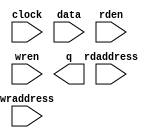
// megafunction wizard: %RAM: 2-PORT%VBB%
// GENERATION: STANDARD
// VERSION: WM1.0
// MODULE: altsyncram 

// ============================================================
// Megafunction Name(s):
// 			altsyncram
//
// Simulation Library Files(s):
// 			altera_mf
// ============================================================
// ************************************************************
// THIS IS A WIZARD-GENERATED FILE. DO NOT EDIT THIS FILE!
//
// 9.1 Build 222 10/21/2009 SJ Full Version
// ************************************************************

//Copyright (C) 1991-2009 Altera Corporation
//Your use of Altera Corporation's design tools, logic functions 
//and other software and tools, and its AMPP partner logic 
//functions, and any output files from any of the foregoing 
//(including device programming or simulation files), and any 
//associated documentation or information are expressly subject 
//to the terms and conditions of the Altera Program License 
//Subscription Agreement, Altera MegaCore Function License 
//Agreement, or other applicable license agreement, including, 
//without limitation, that your use is for the sole purpose of 
//programming logic devices manufactured by Altera and sold by 
//Altera or its authorized distributors.  Please refer to the 
//applicable agreement for further details.

module FIFO_RAM (
	clock,
	data,
	rdaddress,
	rden,
	wraddress,
	wren,
	q);

	input	  clock;
	input	[15:0]  data;
	input	[6:0]  rdaddress;
	input	  rden;
	input	[6:0]  wraddress;
	input	  wren;
	output	[15:0]  q;
`ifndef ALTERA_RESERVED_QIS
// synopsys translate_off
`endif
	tri1	  rden;
	tri1	  wren;
`ifndef ALTERA_RESERVED_QIS
// synopsys translate_on
`endif

endmodule

// ============================================================
// CNX file retrieval info
// ============================================================
// Retrieval info: PRIVATE: ADDRESSSTALL_A NUMERIC "0"
// Retrieval info: PRIVATE: ADDRESSSTALL_B NUMERIC "0"
// Retrieval info: PRIVATE: BYTEENA_ACLR_A NUMERIC "0"
// Retrieval info: PRIVATE: BYTEENA_ACLR_B NUMERIC "0"
// Retrieval info: PRIVATE: BYTE_ENABLE_A NUMERIC "0"
// Retrieval info: PRIVATE: BYTE_ENABLE_B NUMERIC "0"
// Retrieval info: PRIVATE: BYTE_SIZE NUMERIC "8"
// Retrieval info: PRIVATE: BlankMemory NUMERIC "1"
// Retrieval info: PRIVATE: CLOCK_ENABLE_INPUT_A NUMERIC "0"
// Retrieval info: PRIVATE: CLOCK_ENABLE_INPUT_B NUMERIC "0"
// Retrieval info: PRIVATE: CLOCK_ENABLE_OUTPUT_A NUMERIC "0"
// Retrieval info: PRIVATE: CLOCK_ENABLE_OUTPUT_B NUMERIC "0"
// Retrieval info: PRIVATE: CLRdata NUMERIC "0"
// Retrieval info: PRIVATE: CLRq NUMERIC "0"
// Retrieval info: PRIVATE: CLRrdaddress NUMERIC "0"
// Retrieval info: PRIVATE: CLRrren NUMERIC "0"
// Retrieval info: PRIVATE: CLRwraddress NUMERIC "0"
// Retrieval info: PRIVATE: CLRwren NUMERIC "0"
// Retrieval info: PRIVATE: Clock NUMERIC "0"
// Retrieval info: PRIVATE: Clock_A NUMERIC "0"
// Retrieval info: PRIVATE: Clock_B NUMERIC "0"
// Retrieval info: PRIVATE: ECC NUMERIC "0"
// Retrieval info: PRIVATE: IMPLEMENT_IN_LES NUMERIC "0"
// Retrieval info: PRIVATE: INDATA_ACLR_B NUMERIC "0"
// Retrieval info: PRIVATE: INDATA_REG_B NUMERIC "0"
// Retrieval info: PRIVATE: INIT_FILE_LAYOUT STRING "PORT_B"
// Retrieval info: PRIVATE: INIT_TO_SIM_X NUMERIC "0"
// Retrieval info: PRIVATE: INTENDED_DEVICE_FAMILY STRING "Stratix II"
// Retrieval info: PRIVATE: JTAG_ENABLED NUMERIC "0"
// Retrieval info: PRIVATE: JTAG_ID STRING "NONE"
// Retrieval info: PRIVATE: MAXIMUM_DEPTH NUMERIC "0"
// Retrieval info: PRIVATE: MEMSIZE NUMERIC "2048"
// Retrieval info: PRIVATE: MEM_IN_BITS NUMERIC "1"
// Retrieval info: PRIVATE: MIFfilename STRING ""
// Retrieval info: PRIVATE: OPERATION_MODE NUMERIC "2"
// Retrieval info: PRIVATE: OUTDATA_ACLR_B NUMERIC "0"
// Retrieval info: PRIVATE: OUTDATA_REG_B NUMERIC "1"
// Retrieval info: PRIVATE: RAM_BLOCK_TYPE NUMERIC "0"
// Retrieval info: PRIVATE: READ_DURING_WRITE_MODE_MIXED_PORTS NUMERIC "2"
// Retrieval info: PRIVATE: READ_DURING_WRITE_MODE_PORT_A NUMERIC "4"
// Retrieval info: PRIVATE: READ_DURING_WRITE_MODE_PORT_B NUMERIC "4"
// Retrieval info: PRIVATE: REGdata NUMERIC "1"
// Retrieval info: PRIVATE: REGq NUMERIC "1"
// Retrieval info: PRIVATE: REGrdaddress NUMERIC "1"
// Retrieval info: PRIVATE: REGrren NUMERIC "1"
// Retrieval info: PRIVATE: REGwraddress NUMERIC "1"
// Retrieval info: PRIVATE: REGwren NUMERIC "1"
// Retrieval info: PRIVATE: SYNTH_WRAPPER_GEN_POSTFIX STRING "0"
// Retrieval info: PRIVATE: USE_DIFF_CLKEN NUMERIC "0"
// Retrieval info: PRIVATE: UseDPRAM NUMERIC "1"
// Retrieval info: PRIVATE: VarWidth NUMERIC "0"
// Retrieval info: PRIVATE: WIDTH_READ_A NUMERIC "16"
// Retrieval info: PRIVATE: WIDTH_READ_B NUMERIC "16"
// Retrieval info: PRIVATE: WIDTH_WRITE_A NUMERIC "16"
// Retrieval info: PRIVATE: WIDTH_WRITE_B NUMERIC "16"
// Retrieval info: PRIVATE: WRADDR_ACLR_B NUMERIC "0"
// Retrieval info: PRIVATE: WRADDR_REG_B NUMERIC "0"
// Retrieval info: PRIVATE: WRCTRL_ACLR_B NUMERIC "0"
// Retrieval info: PRIVATE: enable NUMERIC "0"
// Retrieval info: PRIVATE: rden NUMERIC "1"
// Retrieval info: CONSTANT: ADDRESS_REG_B STRING "CLOCK0"
// Retrieval info: CONSTANT: CLOCK_ENABLE_INPUT_A STRING "BYPASS"
// Retrieval info: CONSTANT: CLOCK_ENABLE_INPUT_B STRING "BYPASS"
// Retrieval info: CONSTANT: CLOCK_ENABLE_OUTPUT_A STRING "BYPASS"
// Retrieval info: CONSTANT: CLOCK_ENABLE_OUTPUT_B STRING "BYPASS"
// Retrieval info: CONSTANT: INTENDED_DEVICE_FAMILY STRING "Stratix II"
// Retrieval info: CONSTANT: LPM_TYPE STRING "altsyncram"
// Retrieval info: CONSTANT: NUMWORDS_A NUMERIC "128"
// Retrieval info: CONSTANT: NUMWORDS_B NUMERIC "128"
// Retrieval info: CONSTANT: OPERATION_MODE STRING "DUAL_PORT"
// Retrieval info: CONSTANT: OUTDATA_ACLR_B STRING "NONE"
// Retrieval info: CONSTANT: OUTDATA_REG_B STRING "CLOCK0"
// Retrieval info: CONSTANT: POWER_UP_UNINITIALIZED STRING "FALSE"
// Retrieval info: CONSTANT: RDCONTROL_REG_B STRING "CLOCK0"
// Retrieval info: CONSTANT: READ_DURING_WRITE_MODE_MIXED_PORTS STRING "DONT_CARE"
// Retrieval info: CONSTANT: WIDTHAD_A NUMERIC "7"
// Retrieval info: CONSTANT: WIDTHAD_B NUMERIC "7"
// Retrieval info: CONSTANT: WIDTH_A NUMERIC "16"
// Retrieval info: CONSTANT: WIDTH_B NUMERIC "16"
// Retrieval info: CONSTANT: WIDTH_BYTEENA_A NUMERIC "1"
// Retrieval info: USED_PORT: clock 0 0 0 0 INPUT NODEFVAL clock
// Retrieval info: USED_PORT: data 0 0 16 0 INPUT NODEFVAL data[15..0]
// Retrieval info: USED_PORT: q 0 0 16 0 OUTPUT NODEFVAL q[15..0]
// Retrieval info: USED_PORT: rdaddress 0 0 7 0 INPUT NODEFVAL rdaddress[6..0]
// Retrieval info: USED_PORT: rden 0 0 0 0 INPUT VCC rden
// Retrieval info: USED_PORT: wraddress 0 0 7 0 INPUT NODEFVAL wraddress[6..0]
// Retrieval info: USED_PORT: wren 0 0 0 0 INPUT VCC wren
// Retrieval info: CONNECT: @data_a 0 0 16 0 data 0 0 16 0
// Retrieval info: CONNECT: @wren_a 0 0 0 0 wren 0 0 0 0
// Retrieval info: CONNECT: q 0 0 16 0 @q_b 0 0 16 0
// Retrieval info: CONNECT: @address_a 0 0 7 0 wraddress 0 0 7 0
// Retrieval info: CONNECT: @address_b 0 0 7 0 rdaddress 0 0 7 0
// Retrieval info: CONNECT: @rden_b 0 0 0 0 rden 0 0 0 0
// Retrieval info: CONNECT: @clock0 0 0 0 0 clock 0 0 0 0
// Retrieval info: LIBRARY: altera_mf altera_mf.altera_mf_components.all
// Retrieval info: GEN_FILE: TYPE_NORMAL FIFO_RAM.v TRUE
// Retrieval info: GEN_FILE: TYPE_NORMAL FIFO_RAM.inc FALSE
// Retrieval info: GEN_FILE: TYPE_NORMAL FIFO_RAM.cmp FALSE
// Retrieval info: GEN_FILE: TYPE_NORMAL FIFO_RAM.bsf FALSE
// Retrieval info: GEN_FILE: TYPE_NORMAL FIFO_RAM_inst.v FALSE
// Retrieval info: GEN_FILE: TYPE_NORMAL FIFO_RAM_bb.v TRUE
// Retrieval info: GEN_FILE: TYPE_NORMAL FIFO_RAM_waveforms.html TRUE
// Retrieval info: GEN_FILE: TYPE_NORMAL FIFO_RAM_wave*.jpg FALSE
// Retrieval info: LIB_FILE: altera_mf